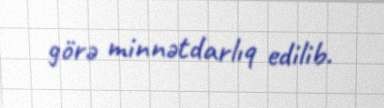
görə minnətdarlıq edilib.